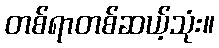
တစ်ရာတစ်ဆယ့်သုံး။